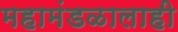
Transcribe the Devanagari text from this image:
महामंडळालाही